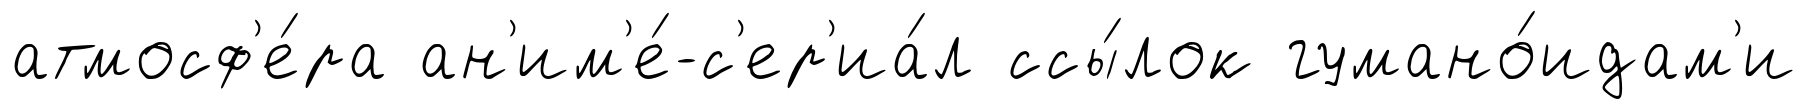
атмосф'е́ра ан'им'е́-с'ер'иа́л ссы́лок гумано́идам'и